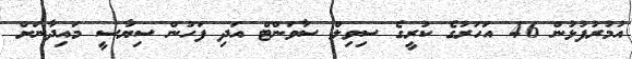
އުމުރުފުޅުން 46 އަހަރުގެ ކުރީގެ ސިވިލް ސާވަންޓް އަދި ފަހުން ސިޔާސީ މައިދާނަށް